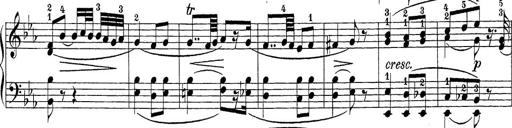
Title: Sonatina Album
Composer: Louis KÃ¶hler